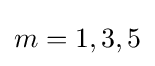
m=1,3,5